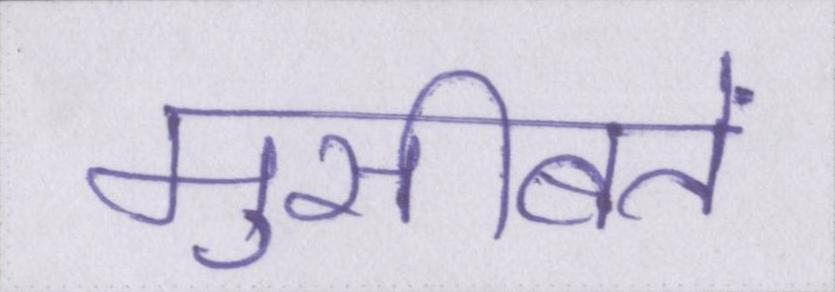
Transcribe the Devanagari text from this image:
मुसीबतें